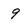
Character: 9